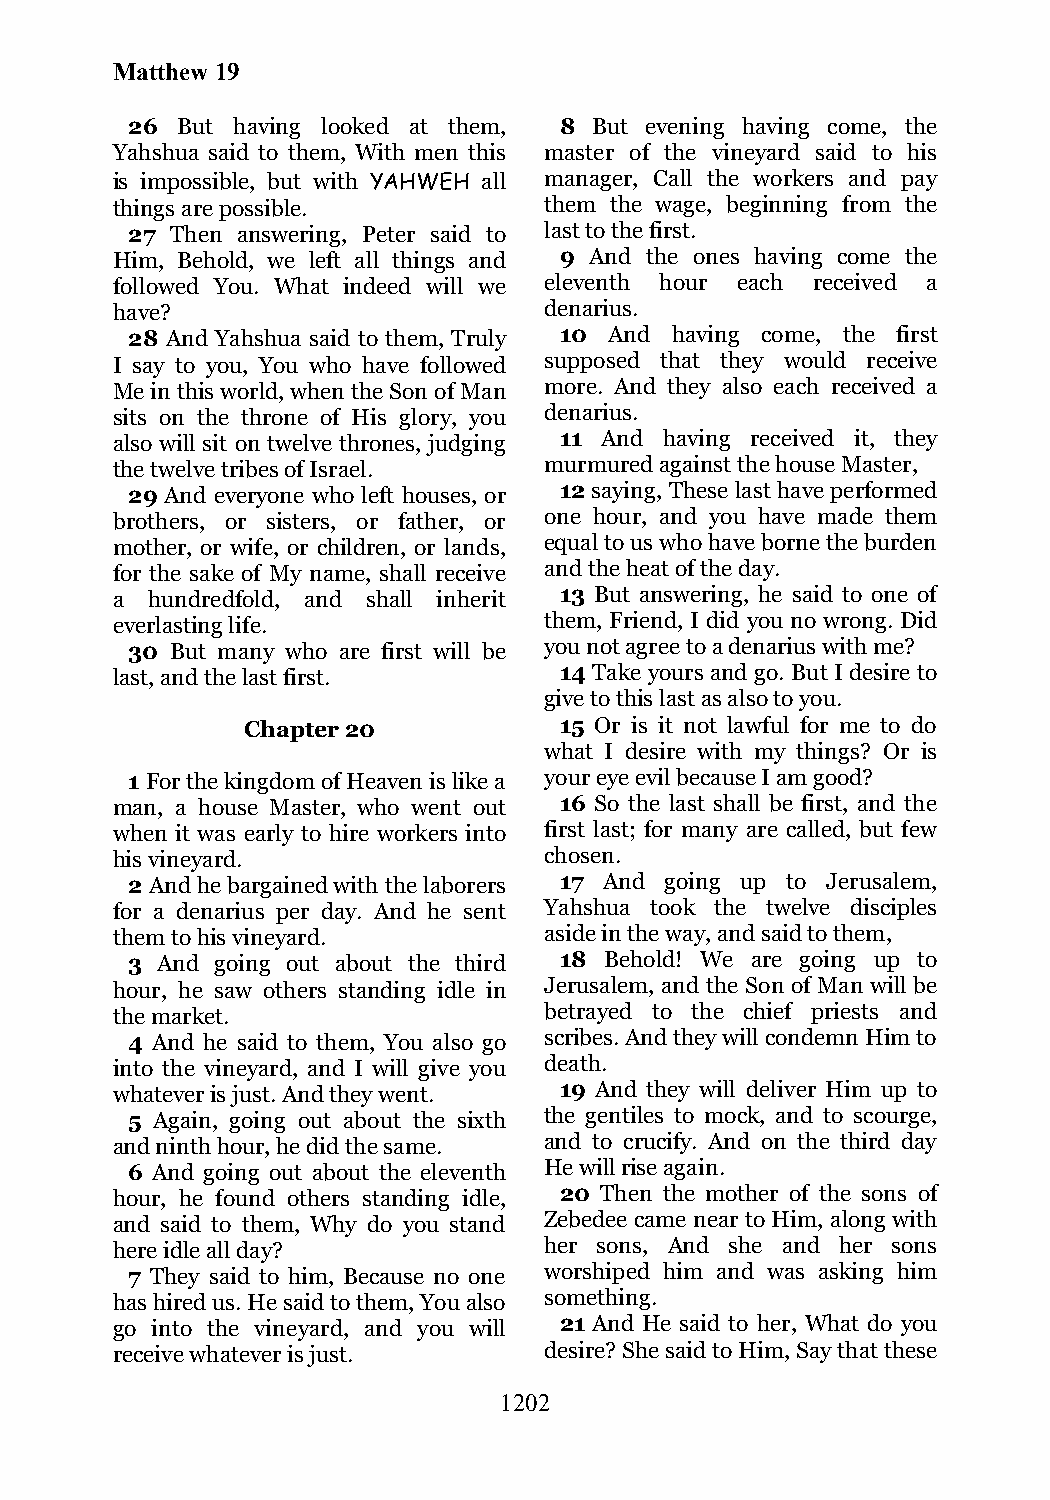
Matthew 19
 26  But having looked at them, 8 But evening having come, the
 Yahshua said to them, With men this master of the vineyard said to his
 is impossible, but with YAHWEH all manager, Call the workers and pay
 things are possible.         them the wage, beginning from the
 27 Then answering, Peter said to last to the first.
 Him, Behold, we left all things and 9 And the ones having come the
 followed You. What indeed will we eleventh hour each received a
 have?                        denarius.
 28 And Yahshua said to them, Truly 10 And having come, the first
 I say to you, You who have followed supposed that they would receive
 Me in this world, when the Son of Man more. And they also each received a
 sits on the throne of His glory, you denarius.
 also will sit on twelve thrones, judging 11 And having received it, they
 the twelve tribes of Israel. murmured against the house Master,
 29 And everyone who left houses, or 12 saying, These last have performed
 brothers, or sisters, or father, or one hour, and you have made them
 mother, or wife, or children, or lands, equal to us who have borne the burden
 for the sake of My name, shall receive and the heat of the day.
 a  hundredfold, and shall inherit 13 But answering, he said to one of
 everlasting life.            them, Friend, I did you no wrong. Did
 30 But many who are first will be you not agree to a denarius with me?
 last, and the last first.     14 Take yours and go. But I desire to
 give to this last as also to you.
 Chapter 20           15 Or is it not lawful for me to do
 what I desire with my things? Or is
 1 For the kingdom of Heaven is like a your eye evil because I am good?
 man, a house Master, who went out 16 So the last shall be first, and the
 when it was early to hire workers into first last; for many are called, but few
 his vineyard.                chosen.
 2 And he bargained with the laborers 17 And going up to Jerusalem,
 for a denarius per day. And he sent Yahshua took the twelve disciples
 them to his vineyard.        aside in the way, and said to them,
 3 And going out about the third 18 Behold! We are going up to
 hour, he saw others standing idle in Jerusalem, and the Son of Man will be
 the market.                  betrayed to the chief priests and
 4 And he said to them, You also go scribes. And they will condemn Him to
 into the vineyard, and I will give you death.
 whatever is just. And they went. 19 And they will deliver Him up to
 5 Again, going out about the sixth the gentiles to mock, and to scourge,
 and ninth hour, he did the same. and to crucify. And on the third day
 6 And going out about the eleventh He will rise again.
 hour, he found others standing idle, 20 Then the mother of the sons of
 and said to them, Why do you stand Zebedee came near to Him, along with
 here idle all day?           her sons, And she and her sons
 7 They said to him, Because no one worshiped him and was asking him
 has hired us. He said to them, You also something.
 go into the vineyard, and you will 21 And He said to her, What do you
 receive whatever is just.    desire? She said to Him, Say that these
 1202